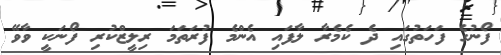
ފޯނުގެ ފަހަތުގައި ދެ ކެމެރާ ލާފައި އެންމެ ފުރަތަމަ ރިލީޒްކުރި ފޯނަކީ ވާވޭ